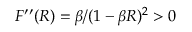
F ^ { \prime \prime } ( R ) = \beta / ( 1 - \beta R ) ^ { 2 } > 0